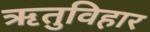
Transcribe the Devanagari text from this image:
ऋतुविहार